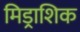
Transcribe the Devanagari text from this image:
मिड्राशिक